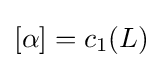
[\alpha ]=c_{1}(L)